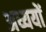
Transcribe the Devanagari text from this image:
अध्ययों